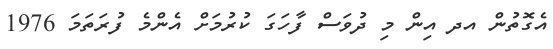
އެގޮތުން އދ އިން މި ދުވަސް ފާހަގަ ކުރުމަށް އެންމެ ފުރަތަމަ 1976